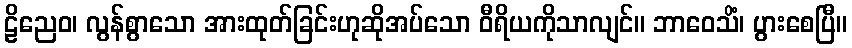
ဠိညေဝ၊ လွန်စွာသော အားထုတ်ခြင်းဟုဆိုအပ်သော ဝီရိယကိုသာလျင်။ ဘာဝေသိံ၊ ပွားစေပြီ။